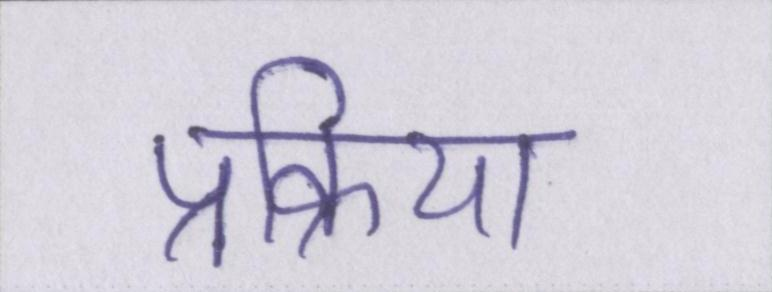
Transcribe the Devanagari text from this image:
प्रक्रिया